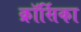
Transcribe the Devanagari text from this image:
क्रॉर्सिका